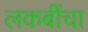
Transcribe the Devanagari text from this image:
लकबींचा